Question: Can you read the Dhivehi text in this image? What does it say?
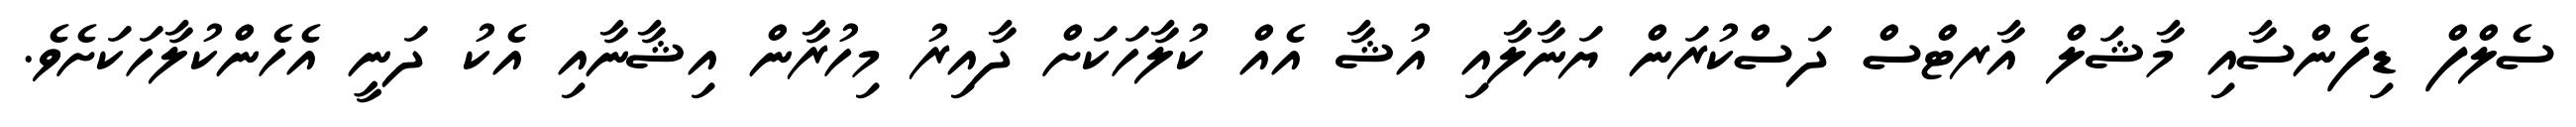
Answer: ސެލްފް ޑިފެންސާއި މާޝަލް އާރޓްސް ދަސްކުރަން ޔަނާލާއި އުޝާ އެއް ކުލާހަކަށް ދާއިރު މިހުރާން އިޝާނާއި އެކު ދަނީ އެހެންކުލާހަކަށެވެ.